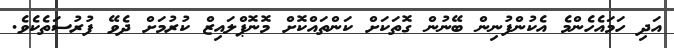
އަދި ހަމައެހެންމެ އެކުންފުނިން ބޭނުން ގޮތަކަށް ކަންތައްކޮށް މޮނޮޕްލައިޒް ކުރުމަށް ދެވޭ ފުރުސަތެކެވެ.